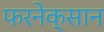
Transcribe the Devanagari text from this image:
फरनेक्सान